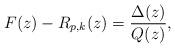
LaTeX: \begin{align*}F(z)-R_{p,k}(z)=\frac{\Delta(z)}{Q(z)},\end{align*}